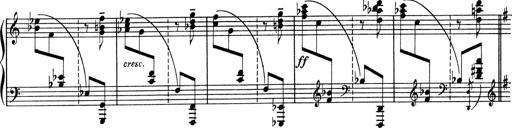
Title: Sonatine pour piano
Composer: Albert Roussel